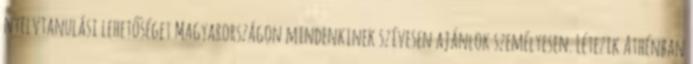
nyelvtanulási lehetőséget Magyarországon mindenkinek szívesen ajánlok személyesen. Létezik Athénban